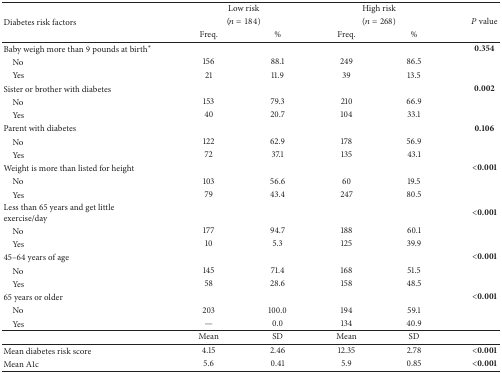
<table><thead><tr><td><b> </b></td><td colspan="2"><b>Low risk </b></td><td colspan="2"><b>High risk </b></td><td><b> </b></td></tr><tr><td><b>Diabetes risk factors</b></td><td colspan="2"><b>(<i>n</i> = 184)</b></td><td colspan="2"><b>(<i>n</i> = 268)</b></td><td><b><i>P</i> value</b></td></tr><tr><td><b> </b></td><td><b>Freq.</b></td><td><b>%</b></td><td><b>Freq.</b></td><td><b>%</b></td><td><b> </b></td></tr></thead><tbody><tr><td>Baby weigh more than 9 pounds at birth<sup><i>∗</i></sup></td><td> </td><td> </td><td> </td><td> </td><td><b>0.354</b></td></tr><tr><td> No</td><td>156</td><td>88.1</td><td>249</td><td>86.5</td><td> </td></tr><tr><td> Yes</td><td>21</td><td>11.9</td><td>39</td><td>13.5</td><td> </td></tr><tr><td>Sister or brother with diabetes</td><td> </td><td> </td><td> </td><td> </td><td><b>0.002</b></td></tr><tr><td> No</td><td>153</td><td>79.3</td><td>210</td><td>66.9</td><td> </td></tr><tr><td> Yes</td><td>40</td><td>20.7</td><td>104</td><td>33.1</td><td> </td></tr><tr><td>Parent with diabetes</td><td> </td><td> </td><td> </td><td> </td><td><b>0.106</b></td></tr><tr><td> No</td><td>122</td><td>62.9</td><td>178</td><td>56.9</td><td> </td></tr><tr><td> Yes</td><td>72</td><td>37.1</td><td>135</td><td>43.1</td><td> </td></tr><tr><td>Weight is more than listed for height</td><td> </td><td> </td><td> </td><td> </td><td><b>&lt;0.001</b></td></tr><tr><td> No</td><td>103</td><td>56.6</td><td>60</td><td>19.5</td><td> </td></tr><tr><td> Yes</td><td>79</td><td>43.4</td><td>247</td><td>80.5</td><td> </td></tr><tr><td>Less than 65 years and get little exercise/day</td><td> </td><td> </td><td> </td><td> </td><td><b>&lt;0.001</b></td></tr><tr><td> No</td><td>177</td><td>94.7</td><td>188</td><td>60.1</td><td> </td></tr><tr><td> Yes</td><td>10</td><td>5.3</td><td>125</td><td>39.9</td><td> </td></tr><tr><td>45–64 years of age</td><td> </td><td> </td><td> </td><td> </td><td><b>&lt;0.001</b></td></tr><tr><td> No</td><td>145</td><td>71.4</td><td>168</td><td>51.5</td><td> </td></tr><tr><td> Yes</td><td>58</td><td>28.6</td><td>158</td><td>48.5</td><td> </td></tr><tr><td>65 years or older</td><td> </td><td> </td><td> </td><td> </td><td><b>&lt;0.001</b></td></tr><tr><td> No</td><td>203</td><td>100.0</td><td>194</td><td>59.1</td><td> </td></tr><tr><td> Yes</td><td>—</td><td>0.0</td><td>134</td><td>40.9</td><td> </td></tr><tr><td> </td><td>Mean</td><td>SD</td><td>Mean</td><td>SD</td><td> </td></tr><tr><td>Mean diabetes risk score</td><td>4.15</td><td>2.46</td><td>12.35</td><td>2.78</td><td><b>&lt;0.001</b></td></tr><tr><td>Mean A1c</td><td>5.6</td><td>0.41</td><td>5.9</td><td>0.85</td><td><b>&lt;0.001</b></td></tr></tbody></table>